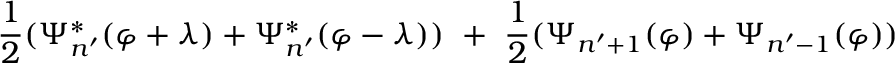
{ \frac { 1 } { 2 } } ( \Psi _ { n ^ { \prime } } ^ { * } ( \varphi + \lambda ) + \Psi _ { n ^ { \prime } } ^ { * } ( \varphi - \lambda ) ) \ + \ { \frac { 1 } { 2 } } ( \Psi _ { n ^ { \prime } + 1 } ( \varphi ) + \Psi _ { n ^ { \prime } - 1 } ( \varphi ) )